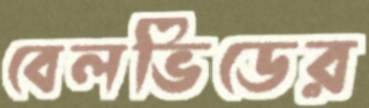
বেলভিডের